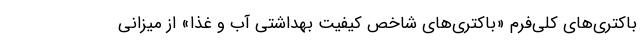
باکتری‌های کلی‌فرم «باکتری‌های شاخص کیفیت بهداشتی آب و غذا» از میزانی